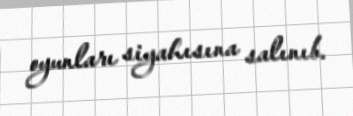
oyunları siyahısına salınıb.